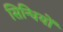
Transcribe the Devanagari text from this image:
सिन्धियों